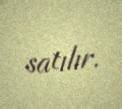
satılır.